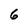
Character: 6